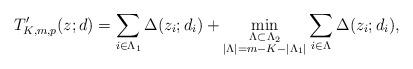
LaTeX: \begin{align*}T_{K,m,p}'(z;d)=\sum_{i\in\Lambda_1}\Delta(z_i;d_i)+\min_{\substack{\Lambda\subset\Lambda_2 \\ |\Lambda|=m-K-|\Lambda_1|}}\sum_{i\in\Lambda}\Delta(z_i;d_i),\end{align*}